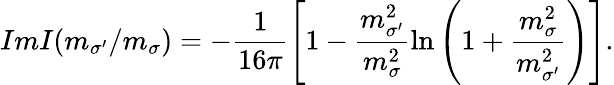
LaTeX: ImI(m_{\sigma^{\prime}}/m_{\sigma})=-\frac{1}{16\pi}\left[1-\frac{m_{\sigma^{\prime}}^{2}}{m_{\sigma}^{2}}\ln\left(1+\frac{m_{\sigma}^{2}}{m_{\sigma^{\prime}}^{2}}\right)\right].